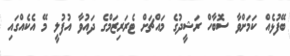
ބޭފުޅެއް ކަމަށްވާ ސޮބާހް ރަޝީދުގެ މައްޗަށް ޓެރަރިޒަމްގެ ދައުވާ އުފުލީ މޭ އެކެއްގައި